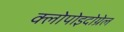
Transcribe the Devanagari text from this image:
क्लोपोइदोग्रेल